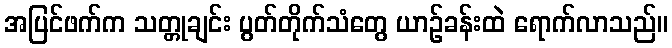
အပြင်ဖက်က သတ္တုချင်း ပွတ်တိုက်သံတွေ ယာဉ်ခန်းထဲ ရောက်လာသည်။